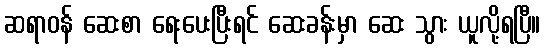
ဆရာဝန် ဆေးစာ ရေးပေးပြီးရင် ဆေးခန်းမှာ ဆေး သွား ယူလို့ရပြီ။